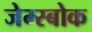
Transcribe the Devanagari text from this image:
जेम्स्बोक